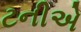
ટનીએ